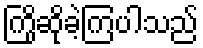
ကြိုဆိုခဲ့ကြပါသည်